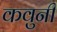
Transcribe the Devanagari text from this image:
कवुनी